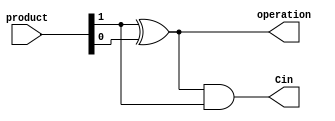
module control(product, operation, Cin);
    input [64:0] product;
    output Cin, operation;

    wire [1:0] LSB;

    assign LSB[1] = product[1];
    assign LSB[0] = product[0];
    xor op(operation, LSB[1], LSB[0]); // 0 if skip, 1 if add/sub
    and AddSub(Cin, operation, LSB[1]); // sets Cin for add or sub

endmodule